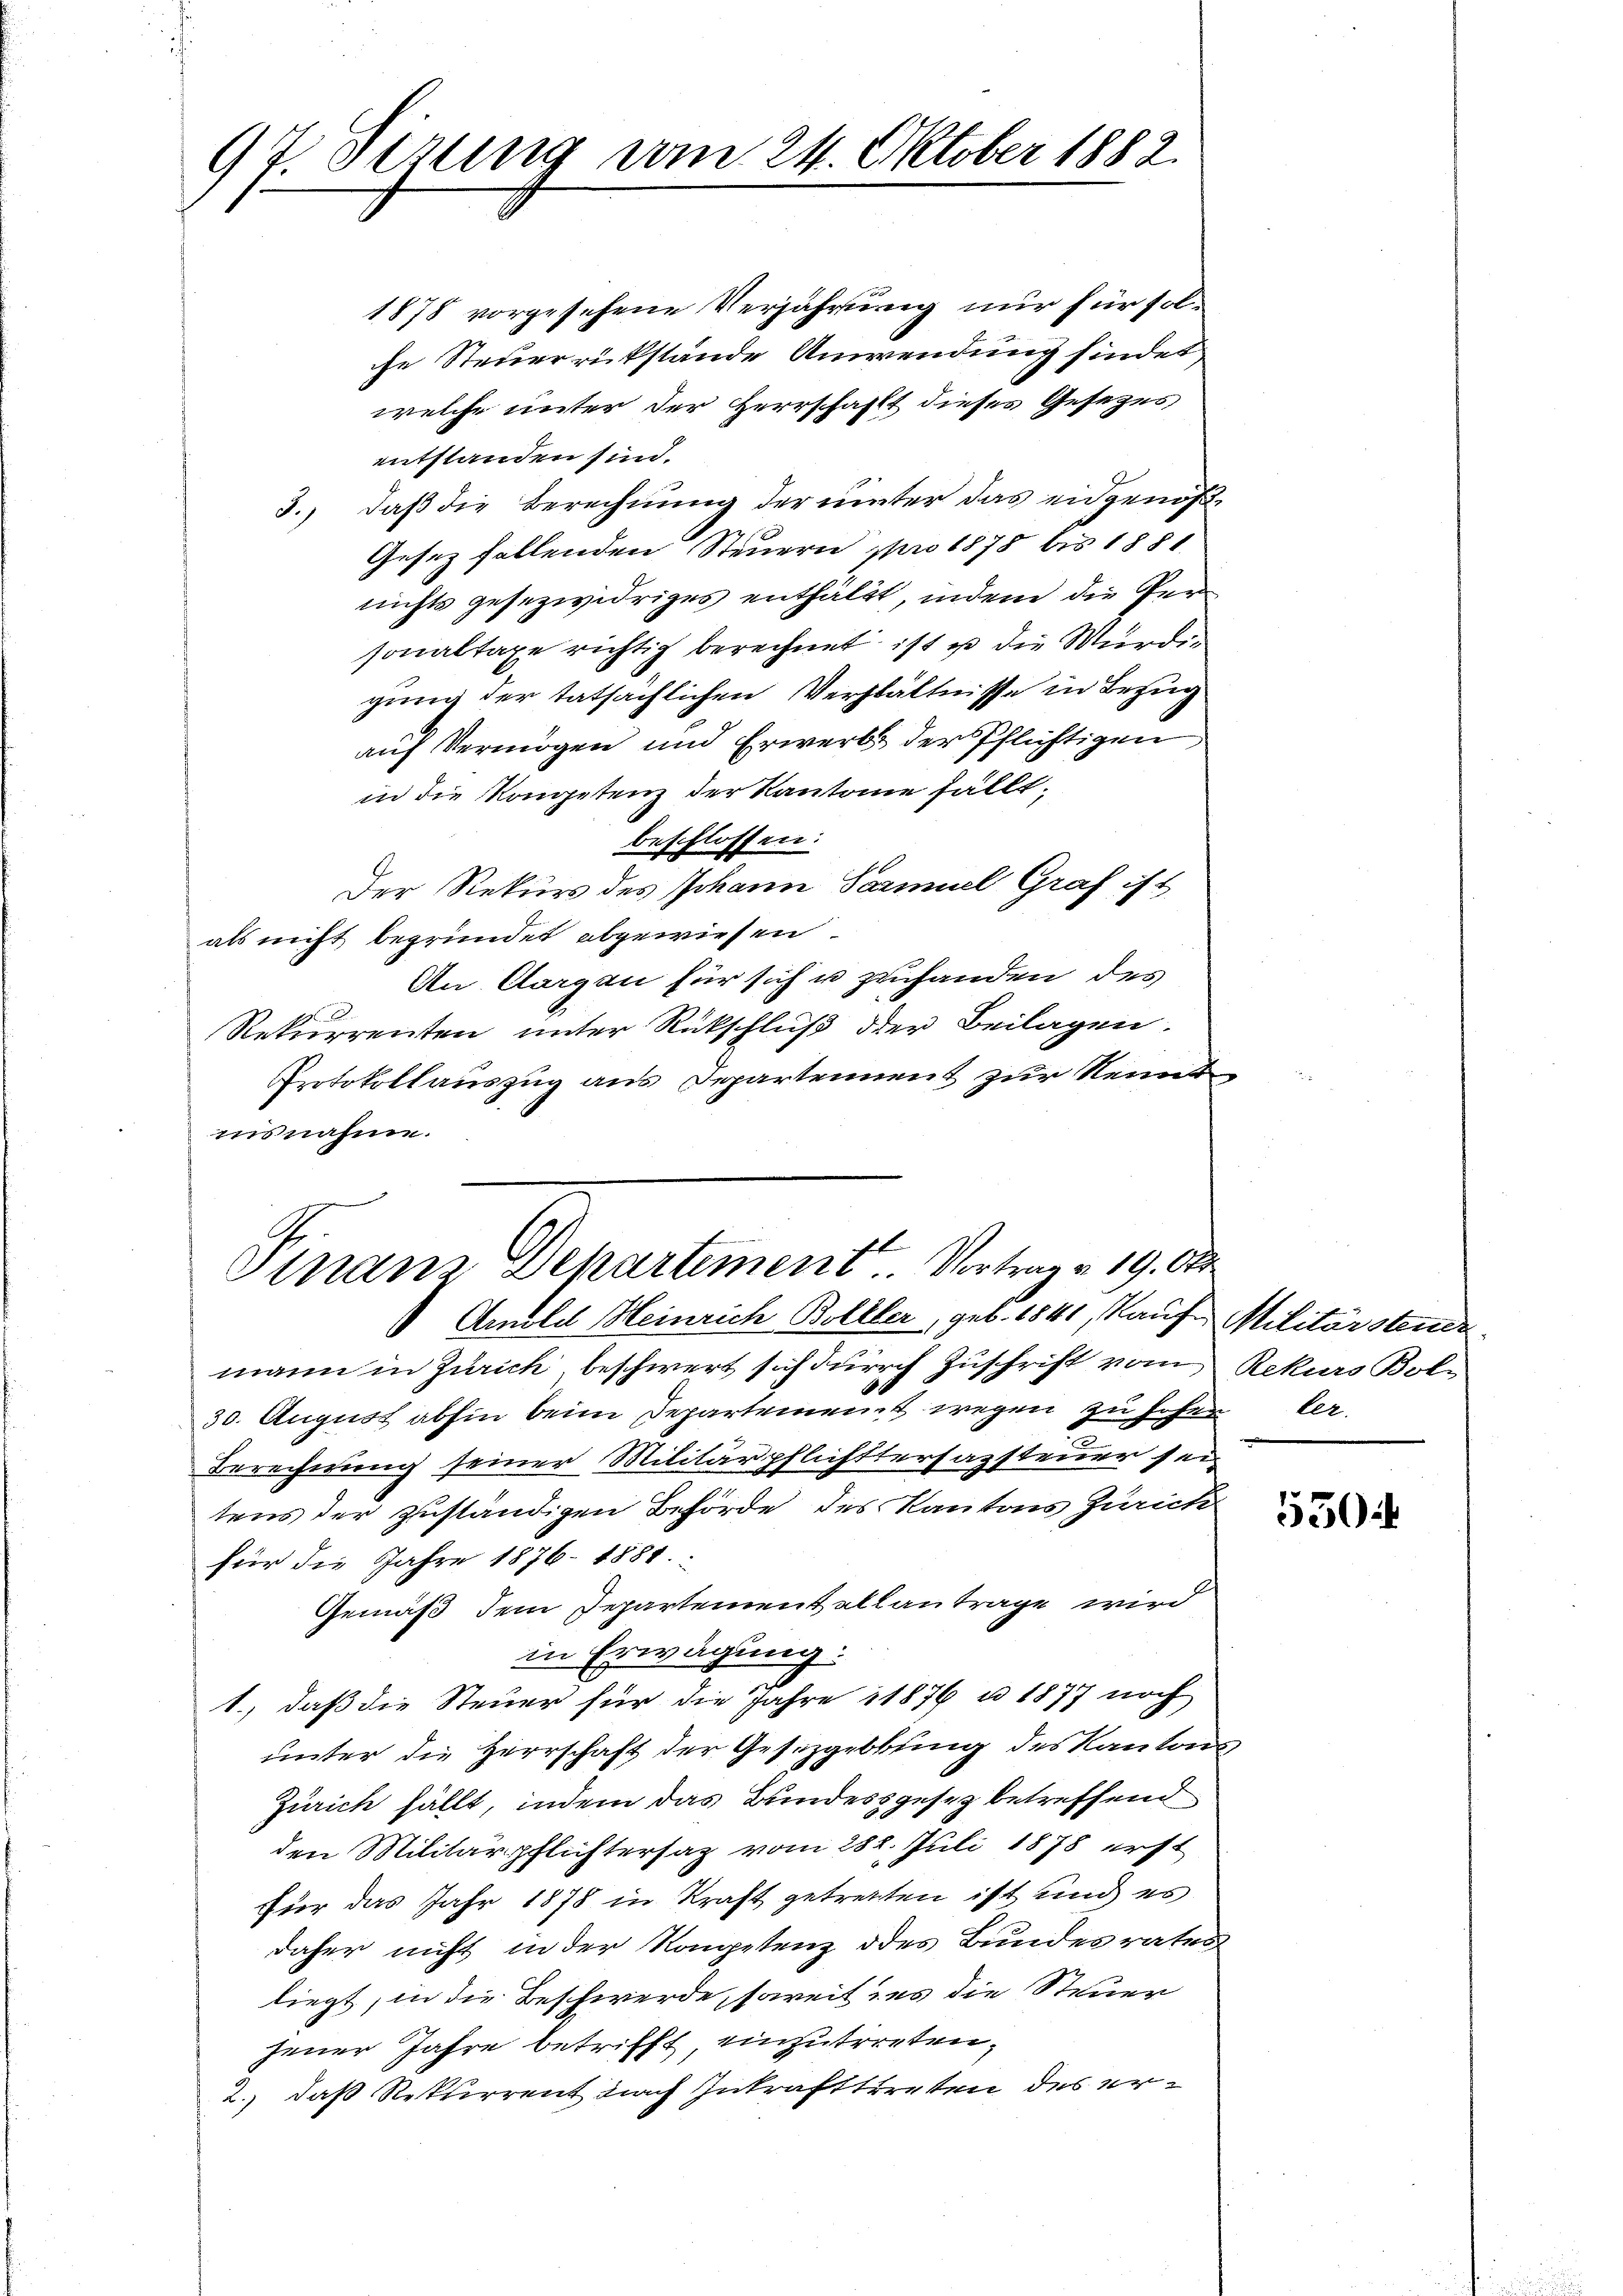
.Sezung am 24. Oktober 1882.
7
9
f

Pinanz Departement. Vortrag a. 19. Okt
Anuld Heinrich Bolller, geb. 1841, Kauf Militärstende

1878 vorgesehene Verjährung nur für solche Steuerrückstände Anwendung findet
welche unter der Herrschafft dieses Gesezes
entstanden sind.
3., daß die Berechnung der unter das eidgenöß¬
Gesez fallenden Steuern pro 1878 bis 1881
nichts gesezwidriges enthält, indem die Per-
sonaltaxe richtig berechnet ist ist die Wurden
gung der tatsächlichen Verhältnisse in Bezug
auf Vermögen und Erwerbst der Pflichtigen
in die Kompetenz der Kantonie fällt.
beschlossen:
Der Rekurs des Johann Samuel Graf ist
als nicht begründet abgewiesen.
An Aargau für sich u zuhanden des
Rekurrenten unter Rückschluß der Beilagen.
Protokollauszug aus Departement zur Kennt
ausnahme.

mann in Zürich, beschwert sich durch Zuschrift vom Rekurs Bol¬
30. August abhin beim Departement wegen zu hohen der
Berechnung seiner Militärpflichttersazsteuer sei
tens der zuständigen Behörde des Kantons Zürich
für die Jahre 1876. 1881.
Gemäß dem Departement allantrage wird
in Erwägung:
1., daß die Steuer für die Jahre 1876 u. 1877 noch
unter die Herrschaft der Gesetzgebung des Kantons
Zürich fällt, indem das Bundessgesetz betreffend
den Militärpflichtersaz vom 288. Juli 1878 erst
für das Jahr 1878 in Kraft getretten ist und es
daher nicht in der Kompetenz des Bundesraten
liegt, in die Beschwerde, soweit des die Steuer
jener Jahre betrifft, einzutreten,
2.) daß Rekurrent nach Inkrafttreten des er¬

550: